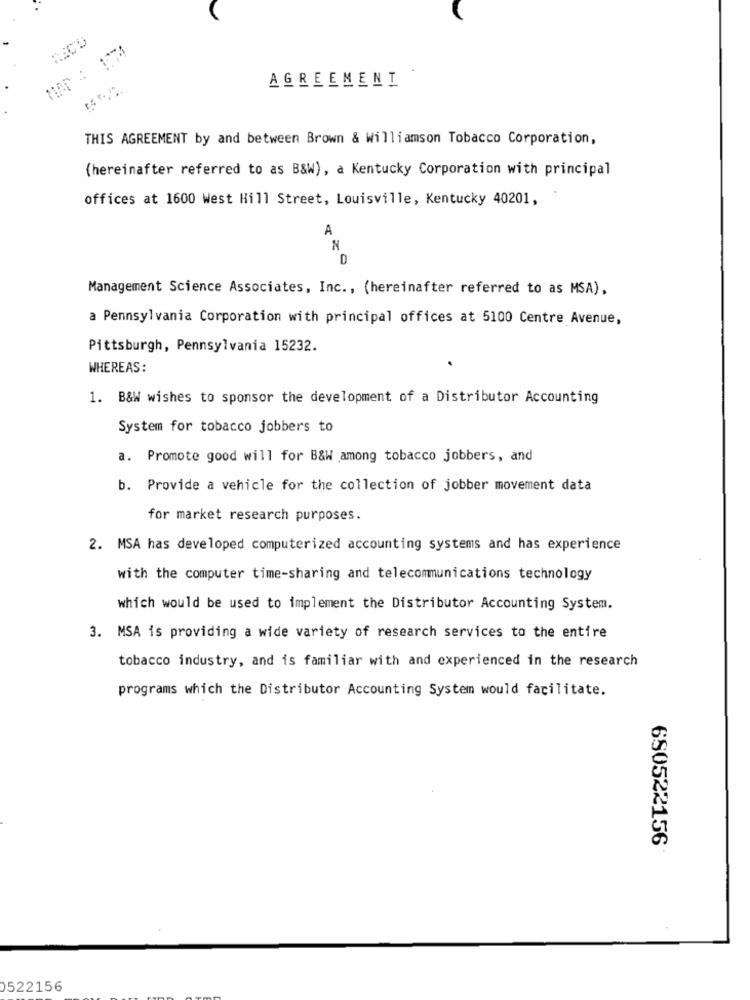
AGREEMENT
THIS AGREEMENT by and between Brown & Williamson Tobacco Corporation,
(hereinafter referred to as B&W), a Kentucky Corporation with principal
offices at 1600 West Hill Street, Louisville, Kentucky 40201,
A
N
D
Management Science Associates, Inc ., (hereinafter referred to as MSA),
a Pennsylvania Corporation with principal offices at 5100 Centre Avenue,
Pittsburgh, Pennsylvania 15232.
WHEREAS:
1. B&W wishes to sponsor the development of a Distributor Accounting
System for tobacco jobbers to
a. Promote good will for B&W among tobacco jobbers, and
b. Provide a vehicle for the collection of jobber movement data
for market research purposes.
2. MSA has developed computerized accounting systems and has experience
with the computer time-sharing and telecommunications technology
which would be used to implement the Distributor Accounting System.
3. MSA is providing a wide variety of research services to the entire
tobacco industry, and is familiar with and experienced in the research
programs which the Distributor Accounting System would facilitate.
650522156
0522156